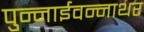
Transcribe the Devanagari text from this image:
पुन्नाईवन्नाथर